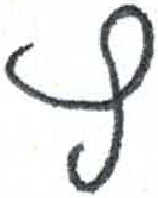
אות: ץ